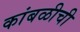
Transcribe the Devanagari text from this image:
कांबळीची